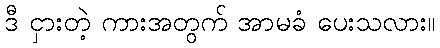
ဒီ ငှားတဲ့ ကားအတွက် အာမခံ ပေးသလား။